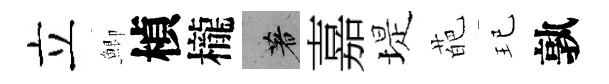
立鯽楨櫳著嘉堤葩玘孰